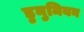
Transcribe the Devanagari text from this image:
डुनुमियन